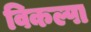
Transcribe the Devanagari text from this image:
विकल्पा